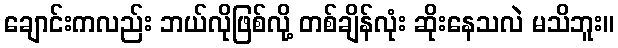
ချောင်းကလည်း ဘယ်လိုဖြစ်လို့ တစ်ချိန်လုံး ဆိုးနေသလဲ မသိဘူး။